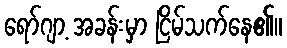
ရော်ဂျာ့ အခန်းမှာ ငြိမ်သက်နေ၏။